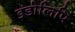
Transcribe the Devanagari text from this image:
इंडोलिपि